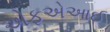
એફએઆઈ